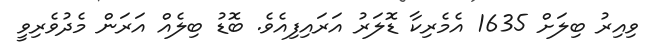
ވިއިރު ބިލަށް 1635 އެމެރިކާ ޑޮލަރު އަރައިފިއެވެ. ބޮޑު ބިލެއް އަރަން މެދުވެރިވީ